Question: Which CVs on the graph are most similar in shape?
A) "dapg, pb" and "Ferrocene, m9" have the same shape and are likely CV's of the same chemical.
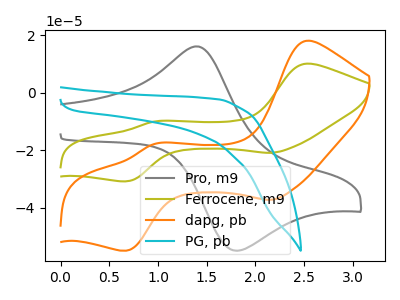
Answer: <think>The gray curve "Pro, m9" has an anodic peak at (1.40V, 16.15uA) and a cathodic peak at (1.80V, -55.00uA). The olive curve "Ferrocene, m9" has anodic peaks at (2.50V, 10.15uA) (0.95V, -10.00uA) and cathodic peaks at (2.15V, -20.90uA) (0.70V, -30.80uA). The orange curve "dapg, pb" has anodic peaks at (2.50V, 18.10uA) (0.95V, -17.80uA) and cathodic peaks at (2.15V, -37.25uA) (0.70V, -54.95uA). The cyan curve "PG, pb" has no peaks.
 "Pro, m9" and "Ferrocene, m9" have a different number of peaks. "Pro, m9" and "dapg, pb" have a different number of peaks. "Pro, m9" and "PG, pb" have a different number of peaks. All the peaks in "Ferrocene, m9" have a peak in "dapg, pb" at the same potential. "Ferrocene, m9" and "PG, pb" have a different number of peaks. "dapg, pb" and "PG, pb" have a different number of peaks.</think>
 <answer>A) "dapg, pb" and "Ferrocene, m9" have the same shape and are likely CV's of the same chemical.</answer>
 <eval>A</eval>